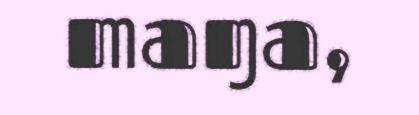
maŋa,